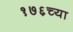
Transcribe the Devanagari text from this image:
१७६च्या